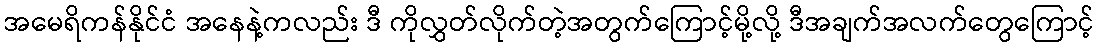
အမေရိကန်နိုင်ငံ အနေနဲ့ကလည်း ဒီ ကိုလွှတ်လိုက်တဲ့အတွက်ကြောင့်မို့လို့ ဒီအချက်အလက်တွေကြောင့်